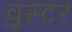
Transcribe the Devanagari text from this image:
वुस्टर